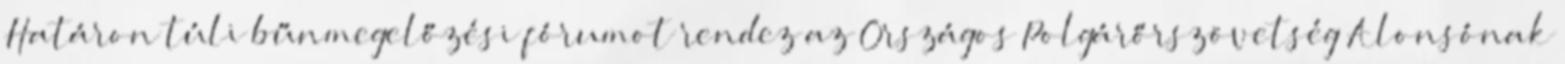
Határon túli bűnmegelőzési fórumot rendez az Országos Polgárőrszövetség Alonsónak